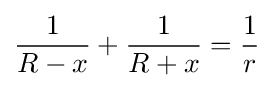
{\frac {1}{R-x}}+{\frac {1}{R+x}}={\frac {1}{r}}